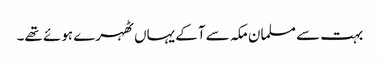
بہت سے مسلمان مکہ سے آکے یہاں ٹھہرے ہوئے تھے۔